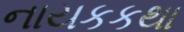
નાયકકથા